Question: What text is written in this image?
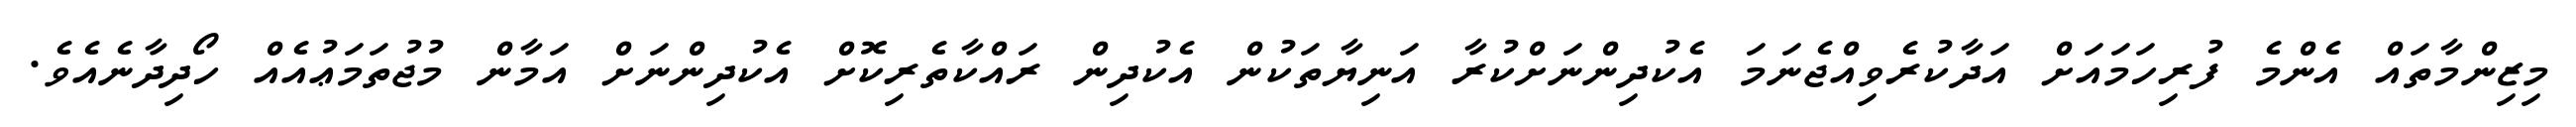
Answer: މިޒިންމާތައް އެންމެ ފުރިހަމައަށް އަދާކުރެވިއްޖެނަމަ އެކުދިންނަށްކުރާ އަނިޔާތަކުން އެކުދިން ރައްކާތެރިކޮށް އެކުދިންނަށް އަމާން މުޖުތަމަޢުއެއް ހޯދިދާނެއެވެ.